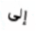
إلى